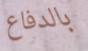
بالدفاع